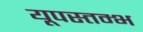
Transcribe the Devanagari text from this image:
यूपस्तम्भ